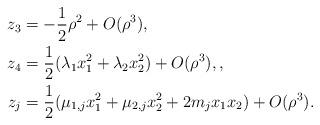
LaTeX: \begin{align*} z_3 &=- \frac{1}{2} \rho^{2} + O(\rho^3) , \\ z_4&= \frac{1}{2} (\lambda_{1} x_1^2 + \lambda_2 x_2^2) + O(\rho^3), , \\ z_j &= \frac{1}{2} ( \mu_{1,j} x_1^2 + \mu_{2,j} x_2^2 + 2m_j x_1 x_2) + O(\rho^3). \end{align*}